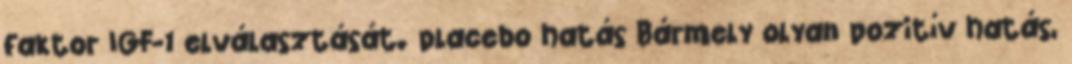
faktor IGF-1 elválasztását. placebo hatás Bármely olyan pozitív hatás,